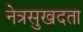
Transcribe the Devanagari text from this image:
नेत्रसुखदता